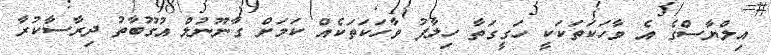
އިލްޔާސްގެ އެ ވާހަކަތަކަކީ ހަގީގަތާ ހިލާފު ވާހަކަތަކެއް ކަމަށް ގާނޫނުލް އުގޫބާތު ދިރާސާކުރާ